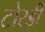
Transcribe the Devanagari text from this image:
टोरड़ी